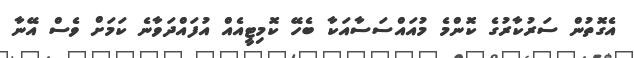
އެގޮތުން ސަރުކާރުގެ ކޮންމެ މުއައްސަސާއަކާ ބެހޭ ކޮމިޓީއެއް އުފައްދަވާނެ ކަމަށް ވެސް އޭނާ